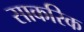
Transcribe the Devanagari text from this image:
साकरिक